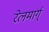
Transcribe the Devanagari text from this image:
रेलमार्ग्